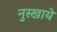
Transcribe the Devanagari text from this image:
नुस्खाये